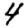
Digit: 4